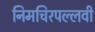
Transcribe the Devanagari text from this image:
निमचिरपल्लवी